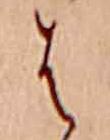
は